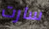
سارت